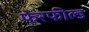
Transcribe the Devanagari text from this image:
फेरफील्ड